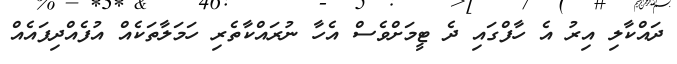
ދައްކާލި އިރު އެ ހާފްގައި ދެ ޓީމަށްވެސް އެހާ ނުރައްކާތެރި ހަމަލާތަކެއް އުފެއްދިފައެއް